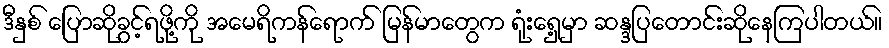
ဒီနှစ် ပြောဆိုခွင့်ရဖို့ကို အမေရိကန်ရောက် မြန်မာတွေက ရုံးရှေ့မှာ ဆန္ဒပြတောင်းဆိုနေကြပါတယ်။